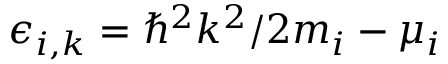
\epsilon _ { i , k } = \hbar ^ { 2 } k ^ { 2 } / 2 m _ { i } - \mu _ { i }